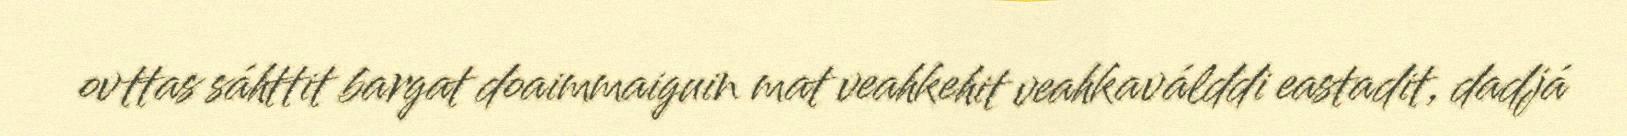
ovttas sáhttit bargat doaimmaiguin mat veahkehit veahkaválddi eastadit, dadjá